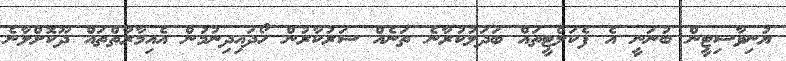
ޔުނިވާސިޓީން ބުނަނީ އެ ފެކަލްޓީތައް ބަދަލުކުރާނެ ތަނެއް ސަރުކާރުން ހޯދައިދިނުމުން އެއިމާރާތްތައް ދޫކޮށްލާނެ